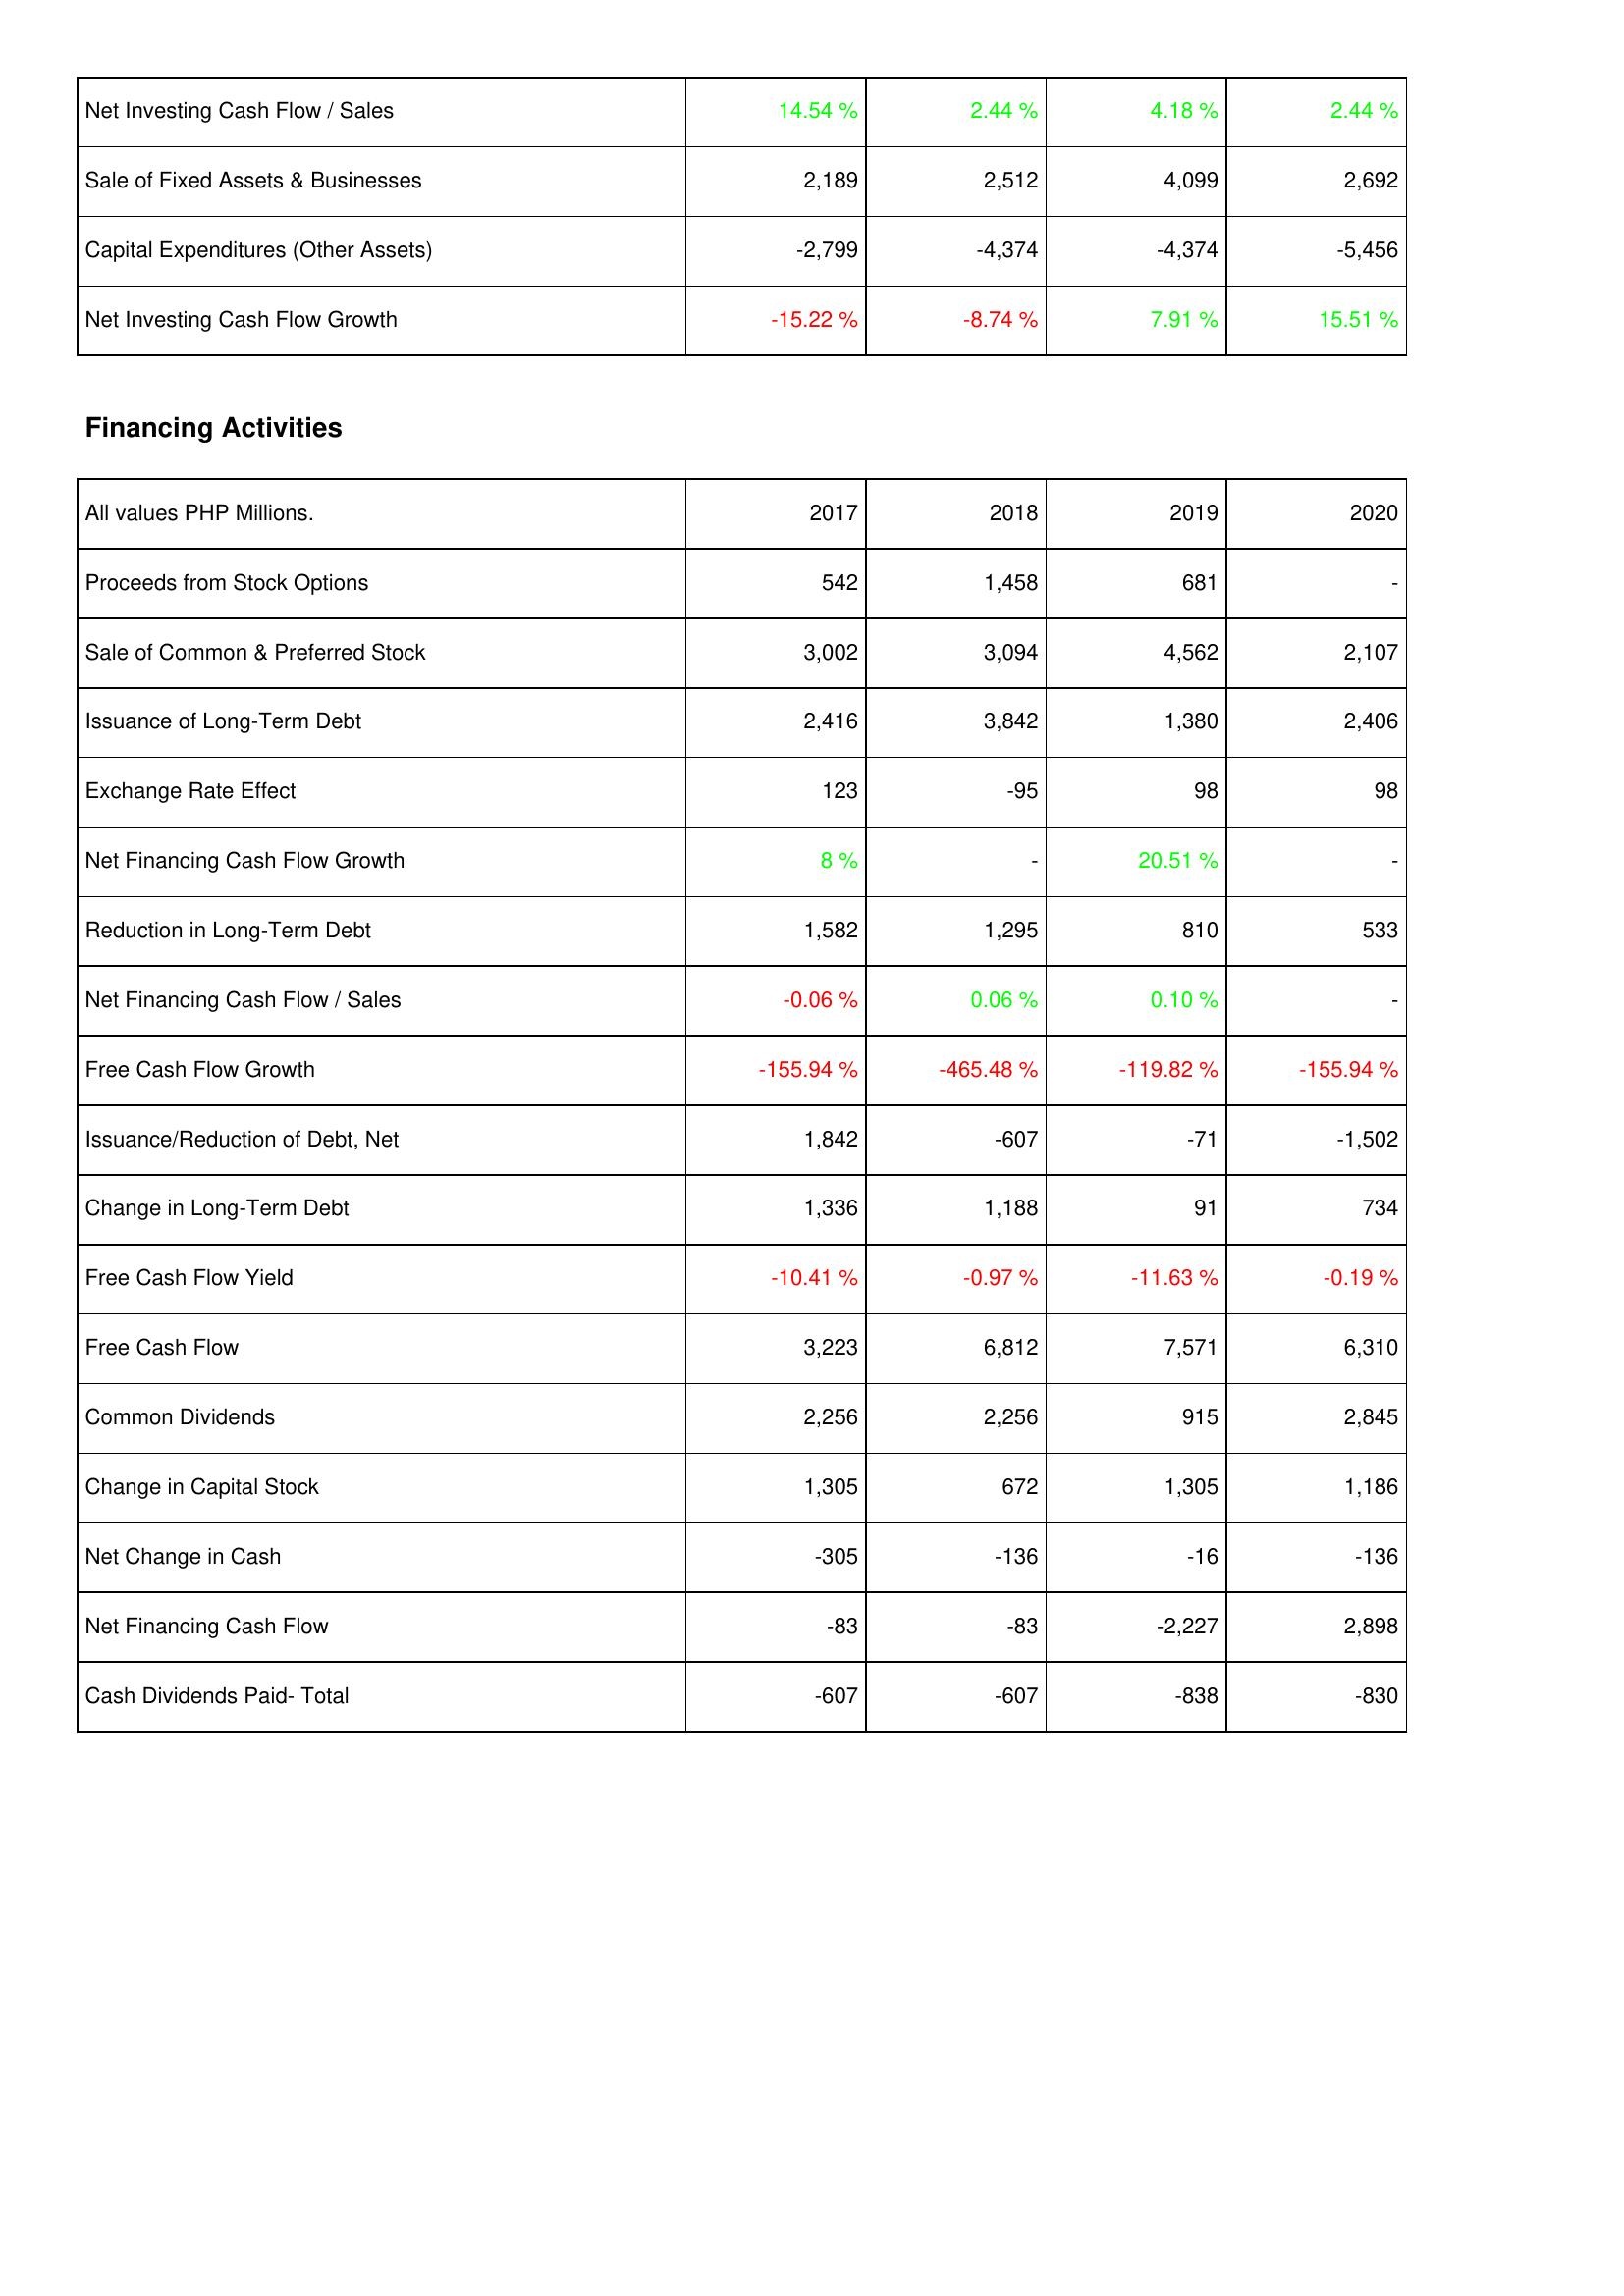
2017: Investing Activities: Net Investing Cash Flow / Sales: 14.54 %
Sale of Fixed Assets & Businesses: 2,189
Capital Expenditures (Other Assets): -2,799
Net Investing Cash Flow Growth: -15.22 %
Financing Activities: Proceeds from Stock Options: 542
Sale of Common & Preferred Stock: 3,002
Issuance of Long-Term Debt: 2,416
Exchange Rate Effect: 123
Net Financing Cash Flow Growth: 8 %
Reduction in Long-Term Debt: 1,582
Net Financing Cash Flow / Sales: -0.06 %
Free Cash Flow Growth: -155.94 %
Issuance/Reduction of Debt, Net: 1,842
Change in Long-Term Debt: 1,336
Free Cash Flow Yield: -10.41 %
Free Cash Flow: 3,223
Common Dividends: 2,256
Change in Capital Stock: 1,305
Net Change in Cash: -305
Net Financing Cash Flow: -83
Cash Dividends Paid- Total: -607
2018: Investing Activities: Net Investing Cash Flow / Sales: 2.44 %
Sale of Fixed Assets & Businesses: 2,512
Capital Expenditures (Other Assets): -4,374
Net Investing Cash Flow Growth: -8.74 %
Financing Activities: Proceeds from Stock Options: 1,458
Sale of Common & Preferred Stock: 3,094
Issuance of Long-Term Debt: 3,842
Exchange Rate Effect: -95
Net Financing Cash Flow Growth: -
Reduction in Long-Term Debt: 1,295
Net Financing Cash Flow / Sales: 0.06 %
Free Cash Flow Growth: -465.48 %
Issuance/Reduction of Debt, Net: -607
Change in Long-Term Debt: 1,188
Free Cash Flow Yield: -0.97 %
Free Cash Flow: 6,812
Common Dividends: 2,256
Change in Capital Stock: 672
Net Change in Cash: -136
Net Financing Cash Flow: -83
Cash Dividends Paid- Total: -607
2019: Investing Activities: Net Investing Cash Flow / Sales: 4.18 %
Sale of Fixed Assets & Businesses: 4,099
Capital Expenditures (Other Assets): -4,374
Net Investing Cash Flow Growth: 7.91 %
Financing Activities: Proceeds from Stock Options: 681
Sale of Common & Preferred Stock: 4,562
Issuance of Long-Term Debt: 1,380
Exchange Rate Effect: 98
Net Financing Cash Flow Growth: 20.51 %
Reduction in Long-Term Debt: 810
Net Financing Cash Flow / Sales: 0.10 %
Free Cash Flow Growth: -119.82 %
Issuance/Reduction of Debt, Net: -71
Change in Long-Term Debt: 91
Free Cash Flow Yield: -11.63 %
Free Cash Flow: 7,571
Common Dividends: 915
Change in Capital Stock: 1,305
Net Change in Cash: -16
Net Financing Cash Flow: -2,227
Cash Dividends Paid- Total: -838
2020: Investing Activities: Net Investing Cash Flow / Sales: 2.44 %
Sale of Fixed Assets & Businesses: 2,692
Capital Expenditures (Other Assets): -5,456
Net Investing Cash Flow Growth: 15.51 %
Financing Activities: Proceeds from Stock Options: -
Sale of Common & Preferred Stock: 2,107
Issuance of Long-Term Debt: 2,406
Exchange Rate Effect: 98
Net Financing Cash Flow Growth: -
Reduction in Long-Term Debt: 533
Net Financing Cash Flow / Sales: -
Free Cash Flow Growth: -155.94 %
Issuance/Reduction of Debt, Net: -1,502
Change in Long-Term Debt: 734
Free Cash Flow Yield: -0.19 %
Free Cash Flow: 6,310
Common Dividends: 2,845
Change in Capital Stock: 1,186
Net Change in Cash: -136
Net Financing Cash Flow: 2,898
Cash Dividends Paid- Total: -830